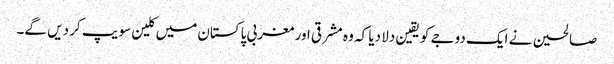
صالحین نے ایک دوجے کو یقین دلا دیا کہ وہ مشرقی اور مغربی پاکستان میں کلین سویپ کر دیں گے۔